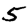
Digit: 5